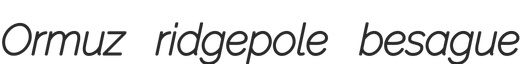
Ormuz ridgepole besague